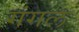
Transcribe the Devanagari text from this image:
गंगल